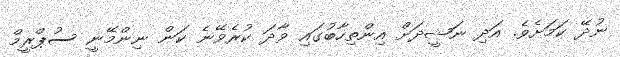
ނުދޭ ކަމަށެވެ. އަދި ނަޝީދަށް އިންތިހާބުގައި ވާދަ ކުރެވޭނެ ކަން ނިންމޭނީ ސުޕްރީމް